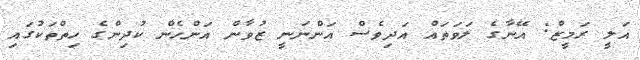
އަލީ ރަމީޒް: އޭނާގެ ލަވަތައް އަދިވެސް އަންނަނީ ޒުވާން އަންހެން ކުދިންގެ ހިތްތަކުގައި